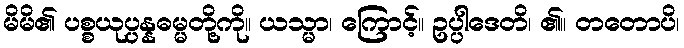
မိမိ၏ ပစ္စယုပ္ပန္နဓမ္မတို့ကို။ ယသ္မာ၊ ကြောင့်။ ဥပ္ပါဒေတိ၊ ၏။ တတောပိ၊